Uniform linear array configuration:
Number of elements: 24
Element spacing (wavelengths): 0.5
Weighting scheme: cosine
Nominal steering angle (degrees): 45
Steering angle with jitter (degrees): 45.633
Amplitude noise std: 0.05
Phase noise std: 0.05

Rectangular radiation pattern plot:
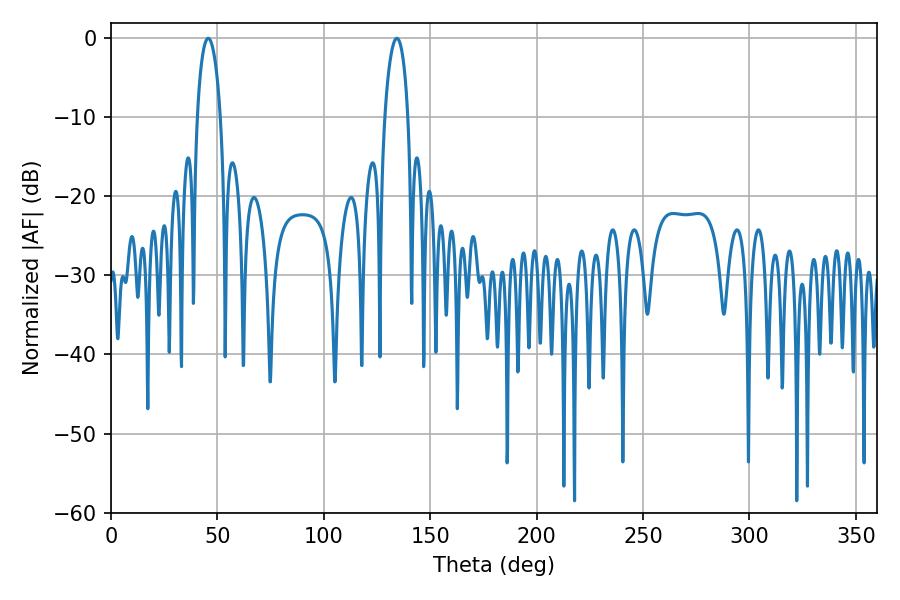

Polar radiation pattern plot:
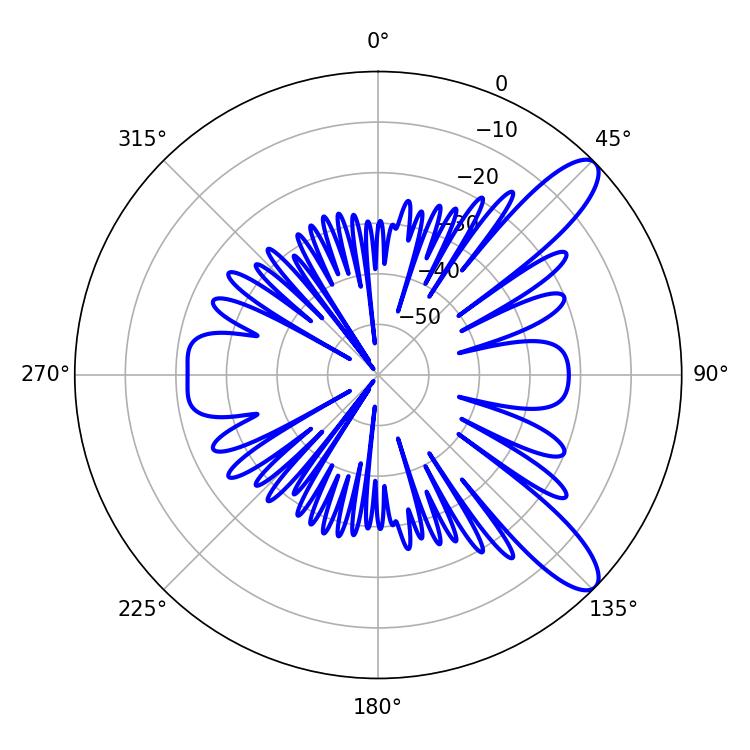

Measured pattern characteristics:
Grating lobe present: FALSE
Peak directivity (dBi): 10.729
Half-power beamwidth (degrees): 6.3
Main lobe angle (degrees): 45.72